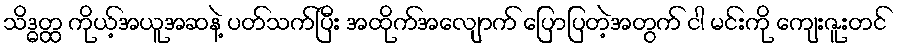
သိဒ္ဓတ္ထ ကိုယ့်အယူအဆနဲ့ ပတ်သက်ပြီး အထိုက်အလျောက် ပြောပြတဲ့အတွက် ငါ မင်းကို ကျေးဇူးတင်